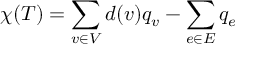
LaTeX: \chi ( T ) = \sum _ { v \in V } d ( v ) q _ { v } - \sum _ { e \in E } q _ { e }